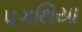
પગથિયા